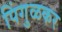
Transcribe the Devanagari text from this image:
पिंगुळकर